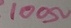
Text: 100Ω